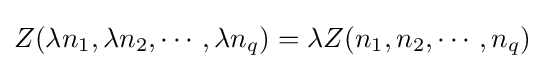
Z(\lambda n_{1},\lambda n_{2},\cdots ,\lambda n_{q})=\lambda Z(n_{1},n_{2},\cdots ,n_{q})